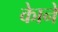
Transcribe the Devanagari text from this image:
काेने